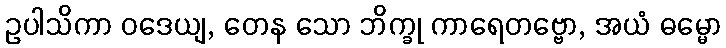
ဥပါသိကာ ဝဒေယျ, တေန သော ဘိက္ခု ကာရေတဗ္ဗော, အယံ ဓမ္မော